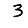
Digit: 3